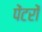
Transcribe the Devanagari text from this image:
पेंटरों